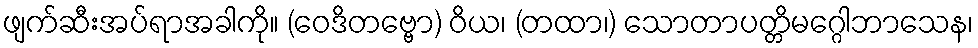
ဖျက်ဆီးအပ်ရာအခါကို။ (ဝေဒိတဗ္ဗော) ဝိယ၊ (တထာ၊) သောတာပတ္တိမဂ္ဂေါဘာသေန၊